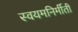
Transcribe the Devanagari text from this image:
स्वयमनिर्मीती